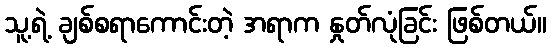
သူ့ရဲ့ ချစ်စရာကောင်းတဲ့ အရာက နှုတ်လုံခြင်း ဖြစ်တယ်။